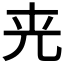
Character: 𠒀